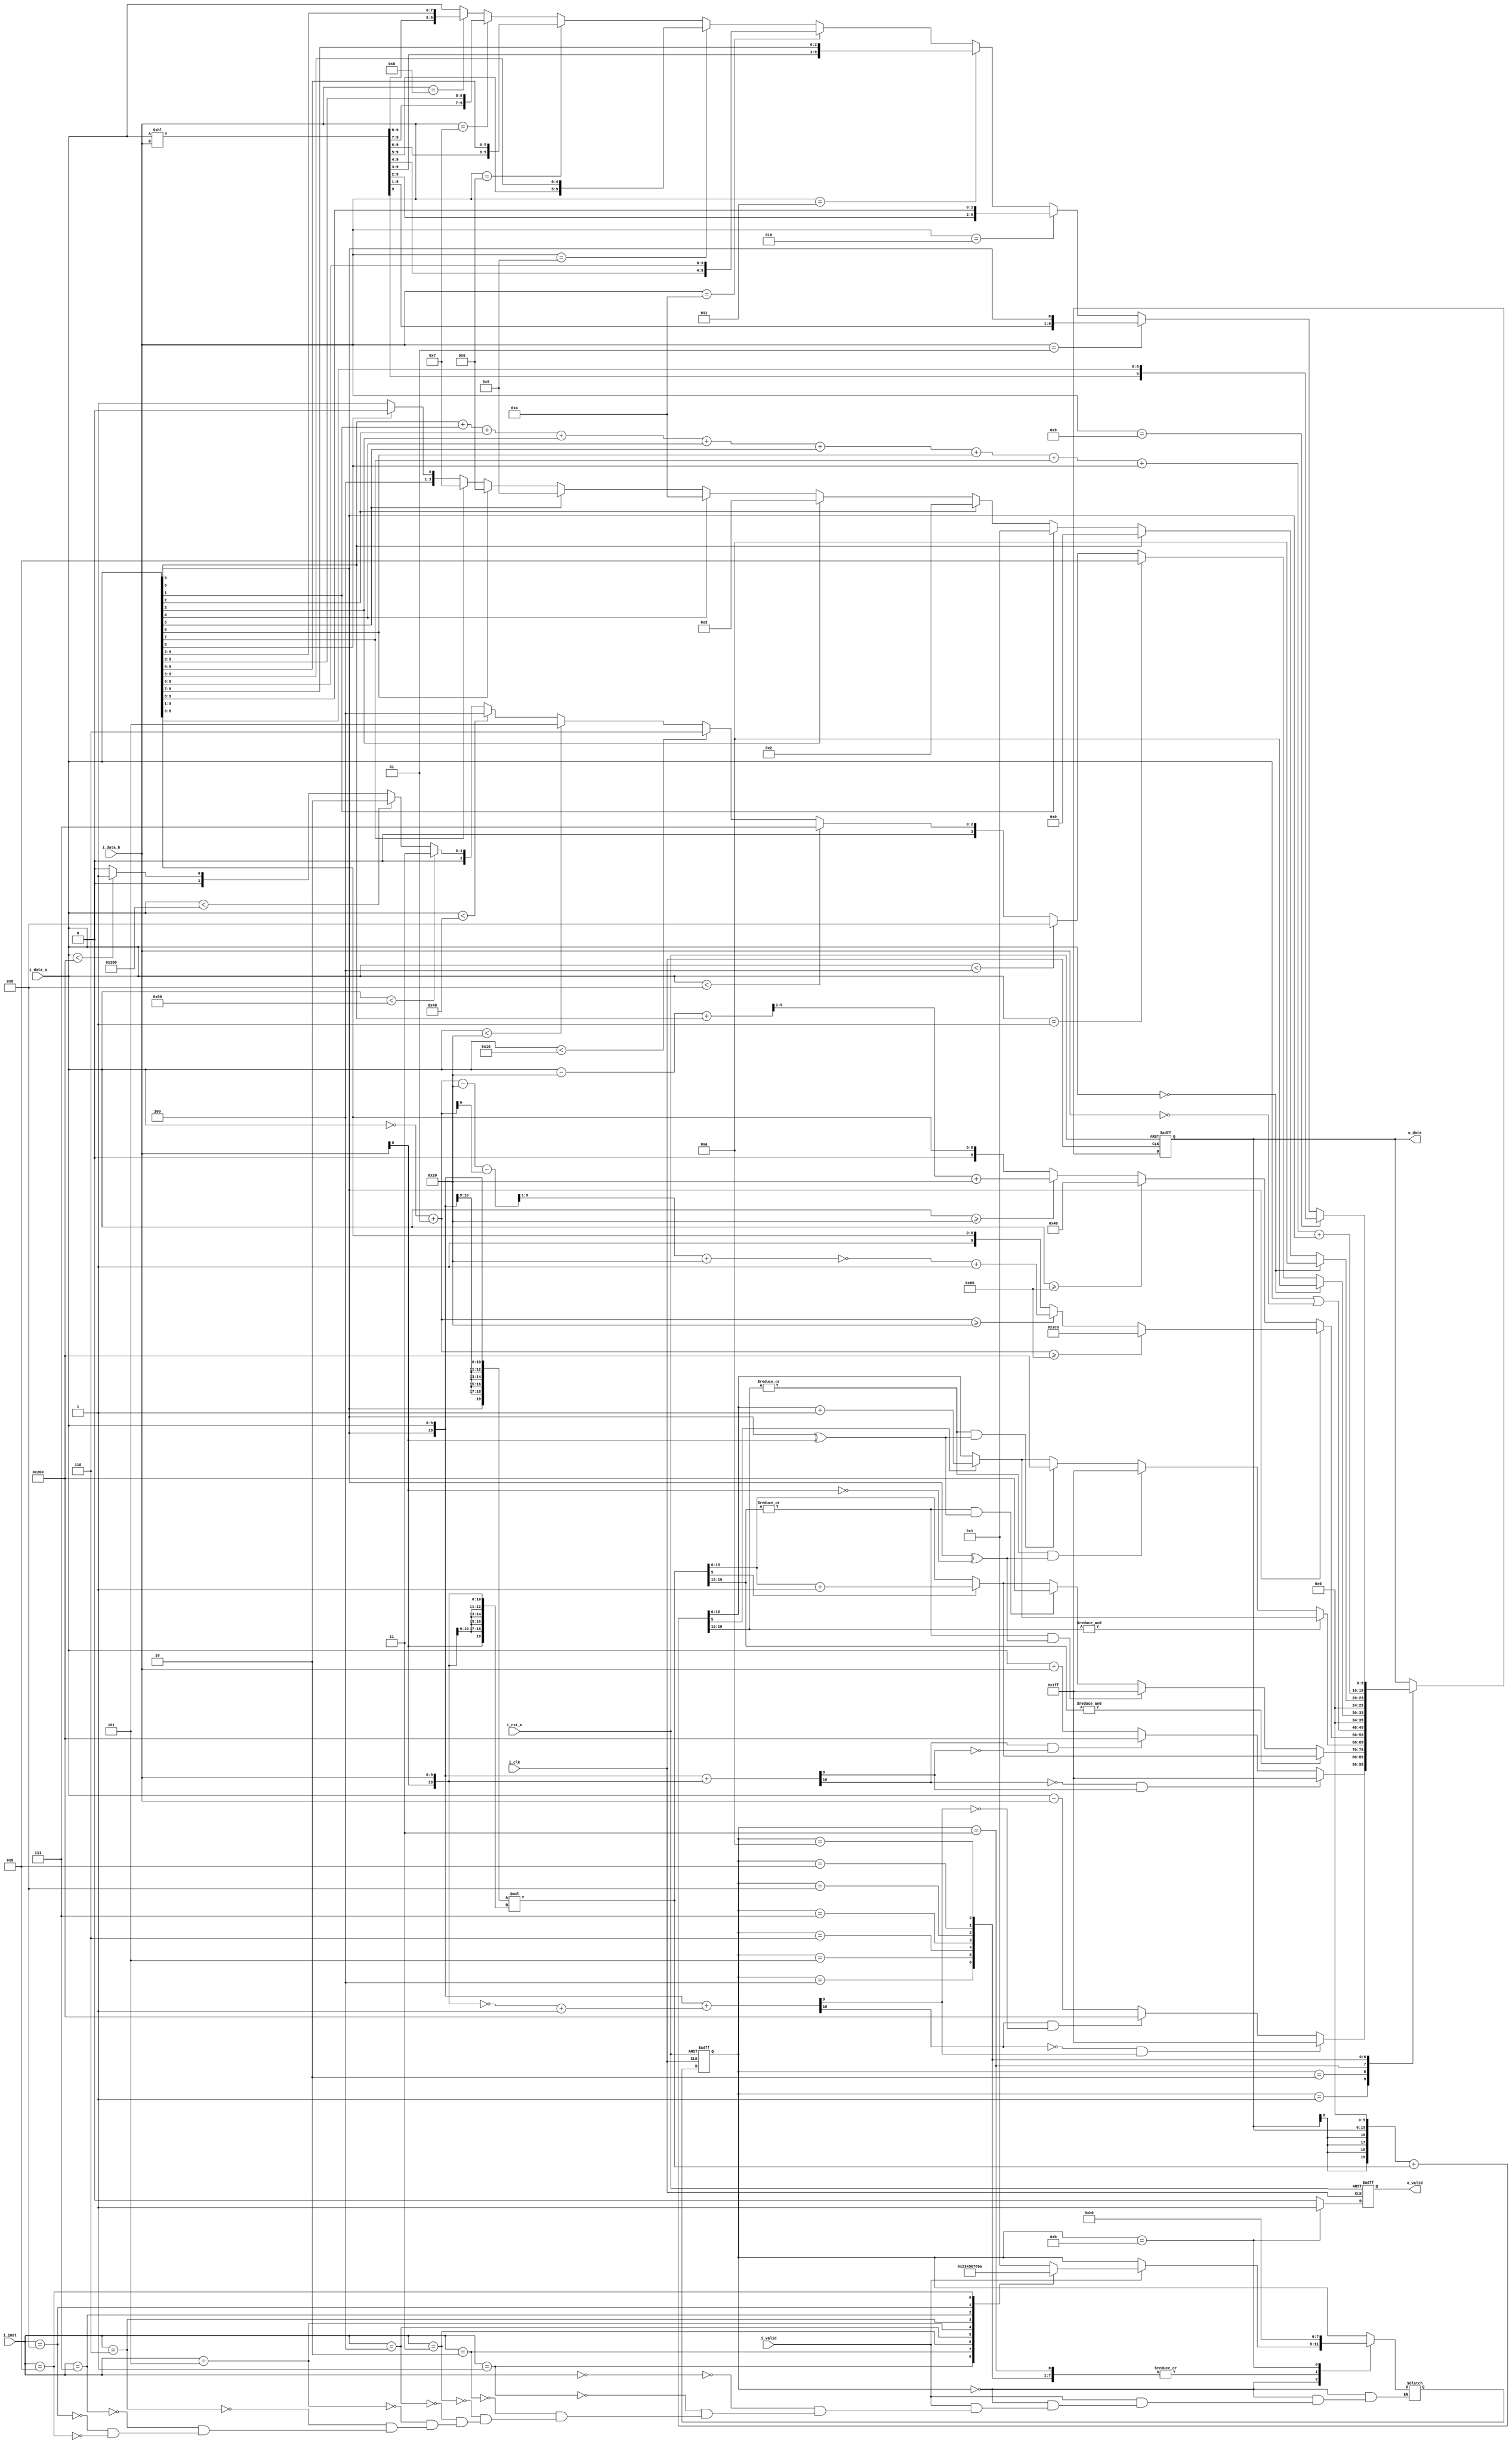
module alu #(
    parameter INT_W  = 4,
    parameter FRAC_W = 6,
    parameter INST_W = 4,
    parameter DATA_W = INT_W + FRAC_W
)(
    input                     i_clk,
    input                     i_rst_n,
    input                     i_valid,
    input signed [DATA_W-1:0] i_data_a,
    input signed [DATA_W-1:0] i_data_b,
    input        [INST_W-1:0] i_inst,
    output                    o_valid,
    output       [DATA_W-1:0] o_data
); // Do not modify
    
// ---------------------------------------------------------------------------
// Wires and Registers
// ---- Add your own wires and registers here if needed ---- //
// ---------------------------------------------------------------------------

reg [DATA_W-1:0] o_data_w, o_data_r;
reg              o_valid_w, o_valid_r;
reg [3:0]        state_w, state_r;
reg [DATA_W:0]   sum_temp;
reg [2*DATA_W-1:0]mul_temp;
reg [2*DATA_W-1:0]mac_temp;
reg [DATA_W-1:0]        inv_a;
reg [DATA_W-1:0]        inv_out;
reg [DATA_W-1:0]        shift_temp;

parameter IDLE  = 4'd0;
parameter S_Add = 4'd1;
parameter S_Sub = 4'd2;
parameter S_Mul = 4'd3;
parameter MAC   = 4'd4;
parameter Tanh  = 4'd5;
parameter ORN   = 4'd6;
parameter CLZ   = 4'd7;
parameter CTZ   = 4'd8;
parameter CPOP  = 4'd9;
parameter ROL   = 4'd10;
parameter OUT   = 4'd11;

// ---------------------------------------------------------------------------
// Continuous Assignment
// ---------------------------------------------------------------------------
assign o_valid = o_valid_r;
assign o_data = o_data_r;
// ---- Add your own wire data assignments here if needed ---- //

// ---------------------------------------------------------------------------
// Combinational Blocks
// ---------------------------------------------------------------------------
// ---- Write your conbinational block design here ---- //
always @(*)
begin
    o_valid_w = (state_r == 11) ? 1 : 0;
    case(state_r)
        IDLE:
        begin
            if(i_valid == 1)
            begin
                case(i_inst)
                    4'b0000: state_w = S_Add;
                    4'b0001: state_w = S_Sub;
                    4'b0010: state_w = S_Mul;
                    4'b0011: state_w = MAC;
                    4'b0100: state_w = Tanh;
                    4'b0101: state_w = ORN;
                    4'b0110: state_w = CLZ;
                    4'b0111: state_w = CTZ;
                    4'b1000: state_w = CPOP;
                    4'b1001: state_w = ROL;
                endcase
            end
            else
                state_w = state_r;
        end
        S_Add :
            state_w = OUT;
        S_Sub :
            state_w = OUT;
        S_Mul :
            state_w = OUT;
        MAC :
            state_w = OUT;
        Tanh :
            state_w = OUT;
        ORN :
            state_w = OUT;
        CLZ :
            state_w = OUT;
        CTZ :
            state_w = OUT;
        CPOP :
            state_w = OUT;
        ROL :
            state_w = OUT;
        OUT :
            state_w = IDLE;
        default :
            state_w = state_r;
    endcase
end
// ALU output
always @(*)
begin
    case(state_r)
        IDLE:
            o_data_w = o_data_r;
        S_Add :
        begin
            sum_temp = {i_data_a[DATA_W-1], i_data_a} + {i_data_b[DATA_W-1], i_data_b};
            o_data_w = (~sum_temp[DATA_W] & sum_temp[DATA_W-1]) ? 10'b0111111111:
                       (sum_temp[DATA_W] & ~sum_temp[DATA_W-1]) ? 10'b1000000000:
                       i_data_a + i_data_b;
        end
        S_Sub :
        begin
            sum_temp = {i_data_a[DATA_W-1], i_data_a} + (~{i_data_b[DATA_W-1], i_data_b} +1 );
            o_data_w = (~sum_temp[DATA_W] & sum_temp[DATA_W-1]) ? 10'b0111111111:
                       (sum_temp[DATA_W] & ~sum_temp[DATA_W-1]) ? 10'b1000000000:
                       i_data_a - i_data_b;
        end
        S_Mul :
        begin
            mul_temp = {{10{i_data_a[DATA_W-1]}}, i_data_a} * {{10{i_data_b[DATA_W-1]}}, i_data_b};
            if(&mul_temp[(2*DATA_W-1):(2*DATA_W-1-INT_W)] == 1)
                if(mul_temp[FRAC_W-1] == 1)
                    o_data_w = mul_temp[(2*DATA_W-1-INT_W):FRAC_W] + 1;
                else
                    o_data_w = mul_temp[(2*DATA_W-1-INT_W):FRAC_W];
            else if((|mul_temp[(2*DATA_W-1):(2*DATA_W-1-INT_W)] == 1) && (i_data_a[DATA_W-1]^i_data_b[DATA_W-1] == 0))
                o_data_w = 10'b0111111111;
            else if((|mul_temp[(2*DATA_W-1):(2*DATA_W-1-INT_W)] == 1) && (i_data_a[DATA_W-1]^i_data_b[DATA_W-1] == 1))
                o_data_w = 10'b1000000000;
            else
                if(mul_temp[FRAC_W-1] == 1)
                    o_data_w = mul_temp[(2*DATA_W-1-INT_W):FRAC_W] + 1;
                else
                    o_data_w = mul_temp[(2*DATA_W-1-INT_W):FRAC_W];
        end
        MAC :
        begin
            mac_temp = {{10{i_data_a[DATA_W-1]}}, i_data_a} * {{10{i_data_b[DATA_W-1]}}, i_data_b};
            mul_temp = {{INT_W{o_data_r[DATA_W-1]}}, o_data_r, {FRAC_W{1'b0}}} + mac_temp;
            if(&mul_temp[(2*DATA_W-1):(2*DATA_W-1-INT_W)] == 1)
                if(mul_temp[FRAC_W-1] == 1)
                    o_data_w = mul_temp[(2*DATA_W-1-INT_W):FRAC_W] + 1;
                else
                    o_data_w = mul_temp[(2*DATA_W-1-INT_W):FRAC_W];
            else if((|mul_temp[(2*DATA_W-1):(2*DATA_W-1-INT_W)] == 1) && (i_data_a[DATA_W-1]^i_data_b[DATA_W-1] == 0))
                o_data_w = 10'b0111111111;
            else if((|mul_temp[(2*DATA_W-1):(2*DATA_W-1-INT_W)] == 1) && (i_data_a[DATA_W-1]^i_data_b[DATA_W-1] == 1))
                o_data_w = 10'b1000000000;
            else
                if(mul_temp[FRAC_W-1] == 1)
                    o_data_w = mul_temp[(2*DATA_W-1-INT_W):FRAC_W] + 1;
                else
                    o_data_w = mul_temp[(2*DATA_W-1-INT_W):FRAC_W];
        end
        Tanh :
        begin
            if(i_data_a[DATA_W-1] == 0)
            begin
                if(i_data_a >= 10'b0001100000)
                    o_data_w = 10'b0001000000;
                else if(i_data_a >= 10'b0000100000)
                    o_data_w = (((i_data_a - 10'b0000100000)+i_data_a[0]) >> 1) + 10'b0000100000;
                else
                    o_data_w = i_data_a;
            end
            else
            begin
                inv_a = ~i_data_a +1;
                if(inv_a >= 10'b0001100000)
                    o_data_w = 10'b1111000000;
                else if(inv_a >= 10'b0000100000)
                begin
                    inv_out = (((inv_a - 10'b0000100000)-inv_a[0]) >> 1) + 10'b0000100000;
                    o_data_w = ~inv_out +1;
                end
                else
                    o_data_w = i_data_a;
            end
        end
        ORN :
            o_data_w = i_data_a | ~i_data_b;
        CLZ :
        begin
            if (i_data_a == 10'd0)
                o_data_w = 10'd10;
            else if (i_data_a == 10'b0000000001)
                o_data_w = 10'd9;
            else if (i_data_a  < 10'b0000000100)
                o_data_w = 10'd8;
            else if (i_data_a  < 10'b0000001000)
                o_data_w = 10'd7;
            else if (i_data_a  < 10'b0000010000)
                o_data_w = 10'd6;
            else if (i_data_a  < 10'b0000100000)
                o_data_w = 10'd5;
            else if (i_data_a  < 10'b0001000000)
                o_data_w = 10'd4;
            else if (i_data_a  < 10'b0010000000)
                o_data_w = 10'd3;
            else if (i_data_a  < 10'b0100000000)
                o_data_w = 10'd2;
            else if (i_data_a  < 10'b1000000000)
                o_data_w = 10'd1;
            else
                o_data_w = 10'd0;
        end
        CTZ :
        begin
            if (i_data_a == 10'd0)
                o_data_w = 10'd10;
            else if (i_data_a[0] == 1'b1)
                o_data_w = 10'd0;
            else if (i_data_a[1] == 1'b1)
                o_data_w = 10'd1;
            else if (i_data_a[2] == 1'b1)
                o_data_w = 10'd2;
            else if (i_data_a[3] == 1'b1)
                o_data_w = 10'd3;
            else if (i_data_a[4] == 1'b1)
                o_data_w = 10'd4;
            else if (i_data_a[5] == 1'b1)
                o_data_w = 10'd5;
            else if (i_data_a[6] == 1'b1)
                o_data_w = 10'd6;
            else if (i_data_a[7] == 1'b1)
                o_data_w = 10'd7;
            else if (i_data_a[8] == 1'b1)
                o_data_w = 10'd8;
            else
                o_data_w = 10'd9;
        end
        CPOP :
            o_data_w = i_data_a[0] + i_data_a[1] + i_data_a[2] + i_data_a[3] + i_data_a[4]
                 + i_data_a[5] + i_data_a[6] + i_data_a[7] + i_data_a[8] + i_data_a[9];
        ROL :
        begin
            shift_temp = i_data_a << i_data_b;
            if(i_data_b == 9)
                o_data_w = {shift_temp[9],i_data_a[9:1]};
            else if(i_data_b == 1)
                o_data_w = {shift_temp[9:1],i_data_a[9]};
            else if(i_data_b == 2)
                o_data_w = {shift_temp[9:2],i_data_a[9:8]};
            else if(i_data_b == 3)
                o_data_w = {shift_temp[9:3],i_data_a[9:7]};
            else if(i_data_b == 4)
                o_data_w = {shift_temp[9:4],i_data_a[9:6]};
            else if(i_data_b == 5)
                o_data_w = {shift_temp[9:5],i_data_a[9:5]};
            else if(i_data_b == 6)
                o_data_w = {shift_temp[9:6],i_data_a[9:4]};
            else if(i_data_b == 7)
                o_data_w = {shift_temp[9:7],i_data_a[9:3]};
            else if(i_data_b == 8)
                o_data_w = {shift_temp[9:8],i_data_a[9:2]};
            else
                o_data_w = i_data_a;
        end
        default:
            o_data_w = o_data_r;
    endcase
end

// ---------------------------------------------------------------------------
// Sequential Block
// ---------------------------------------------------------------------------
// ---- Write your sequential block design here ---- //
always@(posedge i_clk or negedge i_rst_n) begin
    if (!i_rst_n) begin
        o_data_r <= 0;
        o_valid_r <= 0;
        state_r <= 0;
    end else begin
        o_data_r <= o_data_w;
        o_valid_r <= o_valid_w;
        state_r <= state_w;
    end
end

endmodule